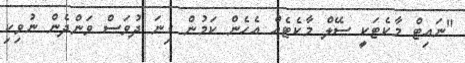
"ނައިޓް މާކެޓަކީ ސޭލް މާކެޓެއް އެހެން ކަމުން ގިނަ ދުވަސް ވަންދެން ނުވިކި